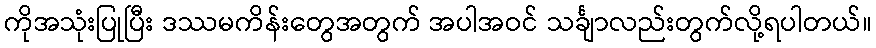
ကိုအသုံးပြုပြီး ဒဿမကိန်းတွေအတွက် အပါအဝင် သင်္ချာလည်းတွက်လို့ရပါတယ်။